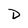
Character: D